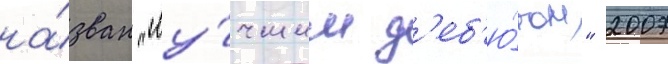
на́зван "лу́чшим д'еб'ю́том" 2007